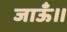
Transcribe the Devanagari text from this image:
जाऊँ।।